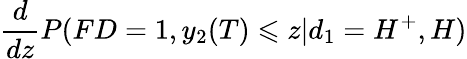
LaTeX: \frac{d}{dz}P(FD=1,y_{2}(T)\leqslant z|d_{1}=H^{+},H)